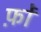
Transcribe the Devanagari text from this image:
फ़ों